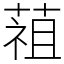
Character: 䔃